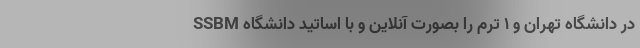
در دانشگاه تهران و ۱ ترم را بصورت آنلاين و با اساتيد دانشگاه SSBM